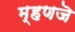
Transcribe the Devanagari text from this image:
म्हणजॆ